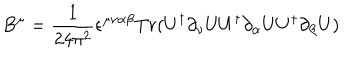
B ^ { \mu } = \frac { 1 } { 2 4 \pi ^ { 2 } } \epsilon ^ { \mu \nu \alpha \beta } T r ( U ^ { \dagger } \partial _ { \nu } U U ^ { \dagger } \partial _ { \alpha } U U ^ { \dagger } \partial _ { \beta } U )